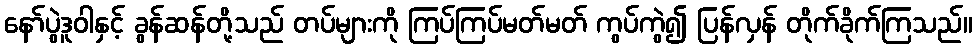
နော်ပွဲဒူဝါနှင့် ခွန်ဆန်တို့သည် တပ်များကို ကြပ်ကြပ်မတ်မတ် ကွပ်ကွဲ၍ ပြန်လှန် တိုက်ခိုက်ကြသည်။